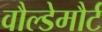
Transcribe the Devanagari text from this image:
वौल्डेमौर्ट